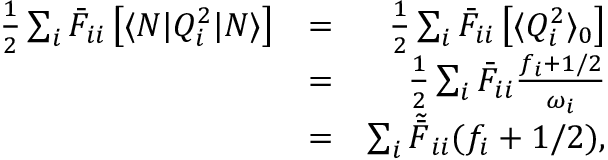
\begin{array} { r l r } { \frac { 1 } { 2 } \sum _ { i } \bar { F } _ { i i } \left[ \langle N | Q _ { i } ^ { 2 } | N \rangle \right] } & { = } & { \frac { 1 } { 2 } \sum _ { i } \bar { F } _ { i i } \left[ \langle Q _ { i } ^ { 2 } \rangle _ { 0 } \right] } \\ & { = } & { \frac { 1 } { 2 } \sum _ { i } \bar { F } _ { i i } \frac { f _ { i } + 1 / 2 } { \omega _ { i } } } \\ & { = } & { \sum _ { i } \tilde { \bar { F } } _ { i i } { ( f _ { i } + 1 / 2 ) } , } \end{array}